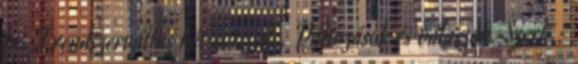
In: A rendszerváltás két évtizede. Változások és válaszok. Szerk.: